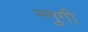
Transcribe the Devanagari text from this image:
न्गुगी